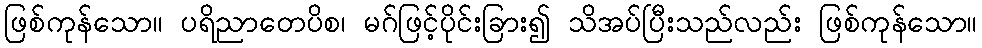
ဖြစ်ကုန်သော။ ပရိညာတေပိစ၊ မဂ်ဖြင့်ပိုင်းခြား၍ သိအပ်ပြီးသည်လည်း ဖြစ်ကုန်သော။